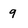
Character: q